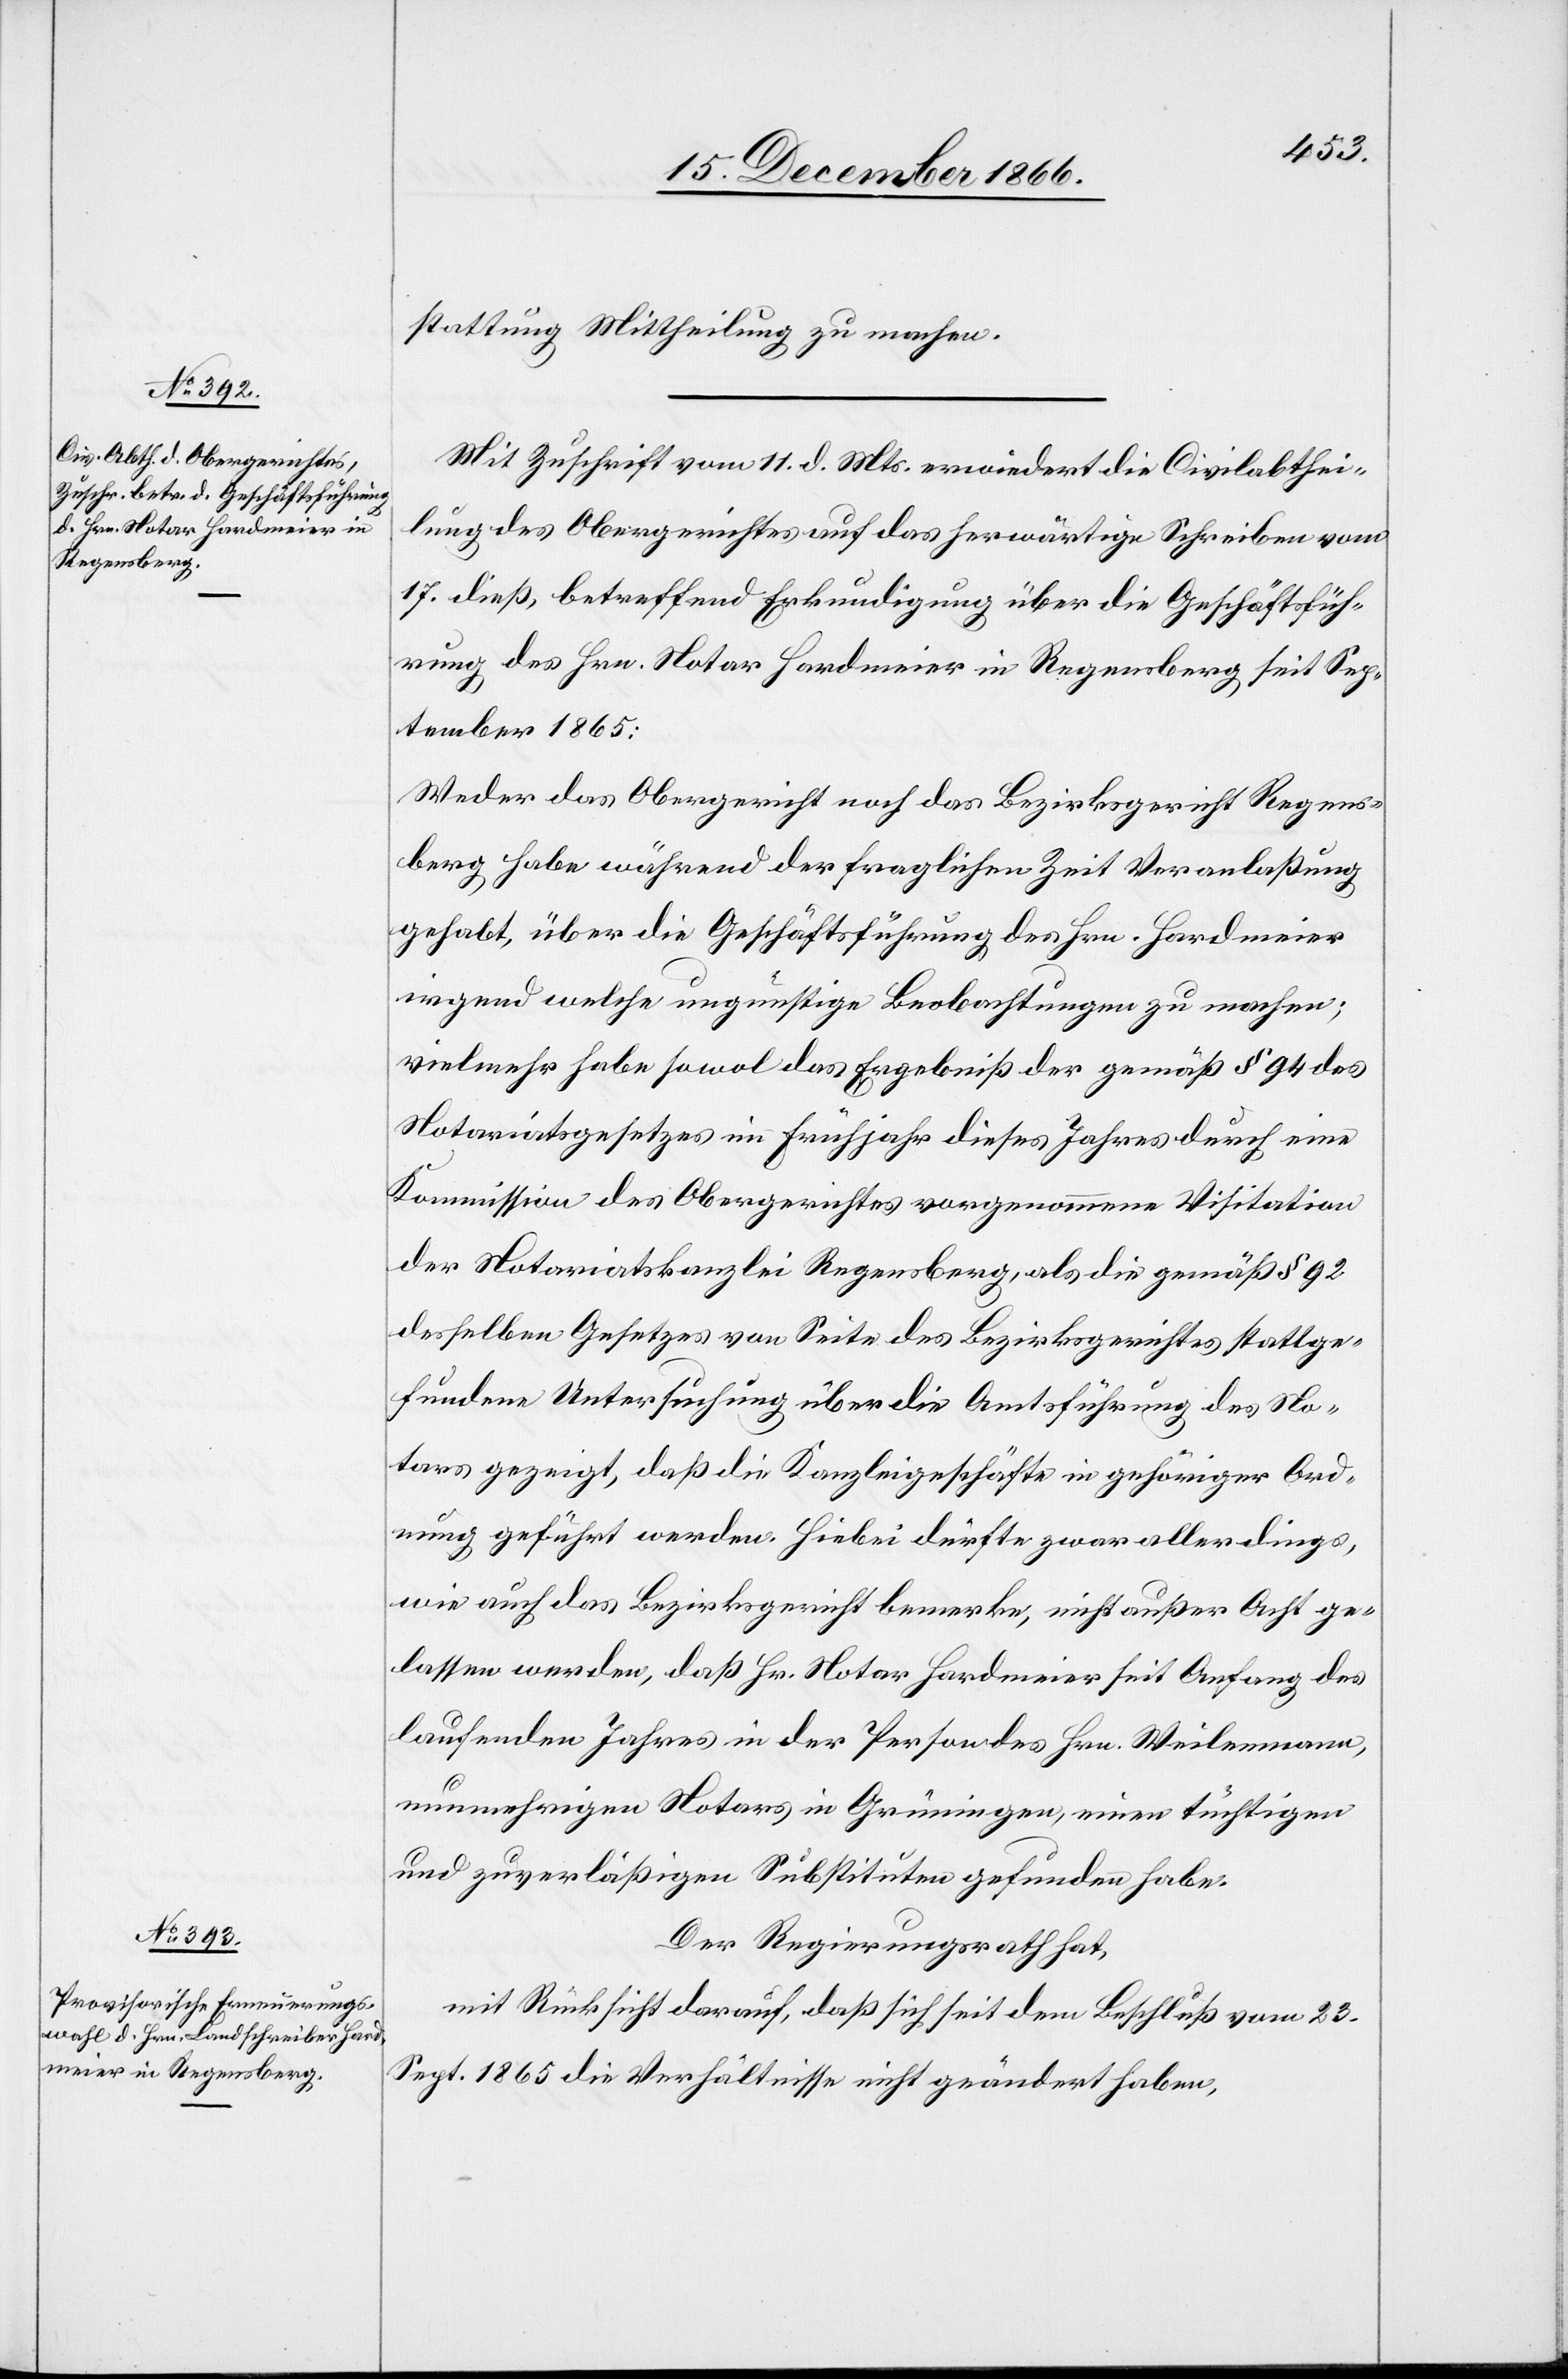
stattung Mittheilung zu machen.
Mit Zuschrift vom 11. d. Mts. erwiedert die Civilabthei¬
lung des Obergerichtes auf das herwärtige Schreiben vom
17. dieß, betreffend Erkundigung über die Geschäftsfüh¬
rung des Hrn. Notar Hardmeier in Regensberg seit Sep¬
tember 1865:
Weder das Obergericht noch das Bezirksgericht Regens¬
berg habe während der fraglichen Zeit Veranlaßung
gehabt, über die Geschäftsführung des Hrn. Hardmeier
irgend welche ungünstige Beobachtungen zu machen;
vielmehr habe sowol das Ergebniß der gemäß § 94 des
Notariatsgesetzes im Frühjahr dieses Jahres durch eine
Kommission des Obergerichtes vorgenommene Visitation
der Notariatskanzlei Regensberg, als die gemäß § 92
desselben Gesetzes von Seite des Bezirksgerichtes stattge¬
fundene Untersuchung über die Amtsführung des No¬
tars gezeigt, daß die Kanzleigeschäfte in gehöriger Ord¬
nung geführt werden. Hiebei dürfte zwar allerdings,
wie auch das Bezirksgericht bemerke, nicht außer Acht ge¬
lassen werden, daß Hr. Notar Hardmeier seit Anfang des
laufenden Jahres in der Person des Hrn. Weilenmann,
nunmehrigen Notars in Grüningen, einen tüchtigen
und zuverläßigen Substituten gefunden habe.
Der Regierungsrath hat,
mit Rücksicht darauf, daß sich seit dem Beschluß vom 23.
Sept. 1865 die Verhältnisse nicht geändert haben,